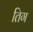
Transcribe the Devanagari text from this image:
तिग